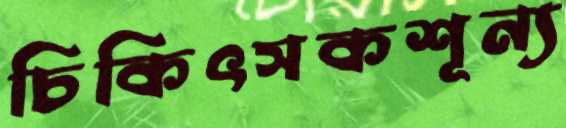
চিকিৎসকশূন্য